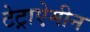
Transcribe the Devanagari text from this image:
टेट्राऐमीन